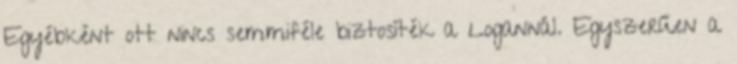
Egyébként ott nincs semmiféle biztosíték a Logannál. Egyszerűen a